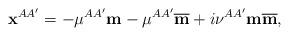
LaTeX: \begin{align*}\mathbf{x}^{AA^{\prime}}=-\mu^{AA^{\prime}}\mathbf{m}-\mu^{AA^{\prime}}\overline{\mathbf{m}}+i\nu^{AA^{\prime}}\mathbf{m}\overline{\mathbf{m}},\end{align*}